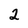
Character: 2